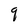
Character: q